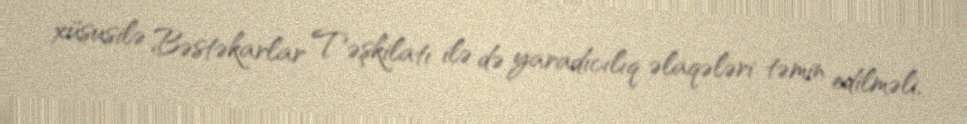
xüsusilə Bəstəkarlar Təşkilatı ilə də yaradıcılıq əlaqələri təmin edilməli,